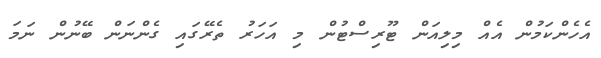
އެހެންކަމުން އެއް މިލިއަން ޓޫރިސްޓުން މި އަހަރު ތެރޭގައި ގެންނަން ބޭނުން ނަމަ